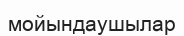
мойындаушылар